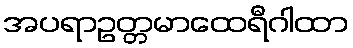
အပရာဥတ္တမာထေရီဂါထာ